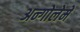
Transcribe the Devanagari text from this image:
अन्गोलेमे